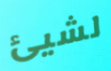
لشيئ